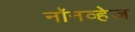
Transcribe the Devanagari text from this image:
नॉनव्हेज